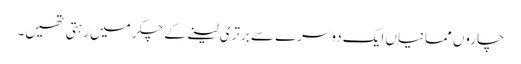
چاروں ممانیاں ایک دوسرے سے برتری لینے کے چکر میں رہتی تھیں۔